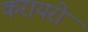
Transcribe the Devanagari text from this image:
करायरी